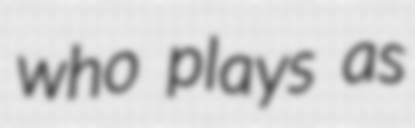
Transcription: who plays as